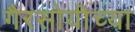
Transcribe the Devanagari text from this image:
गैरसोयीच्या